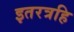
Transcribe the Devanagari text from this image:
इतरत्रहि